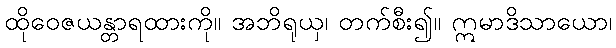
ထိုဝေဇယန္တာရထားကို။ အဘိရုယှ၊ တက်စီး၍။ ဣမာဒိသာယော၊